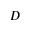
D